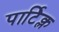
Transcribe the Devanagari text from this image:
पार्टिक्ल